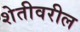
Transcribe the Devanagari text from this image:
शेतीवरील